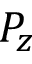
P _ { z }